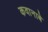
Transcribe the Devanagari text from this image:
कवानाबे